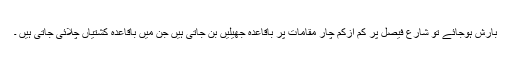
بارش ہوجائے تو شارع فیصل پر کم ازکم چار مقامات پر باقاعدہ جھیلیں بن جاتی ہیں جن میں باقاعدہ کشتیاں چلائی جاتی ہیں ۔